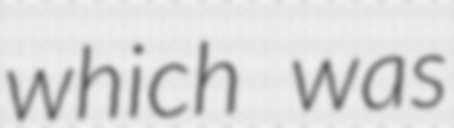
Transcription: which was